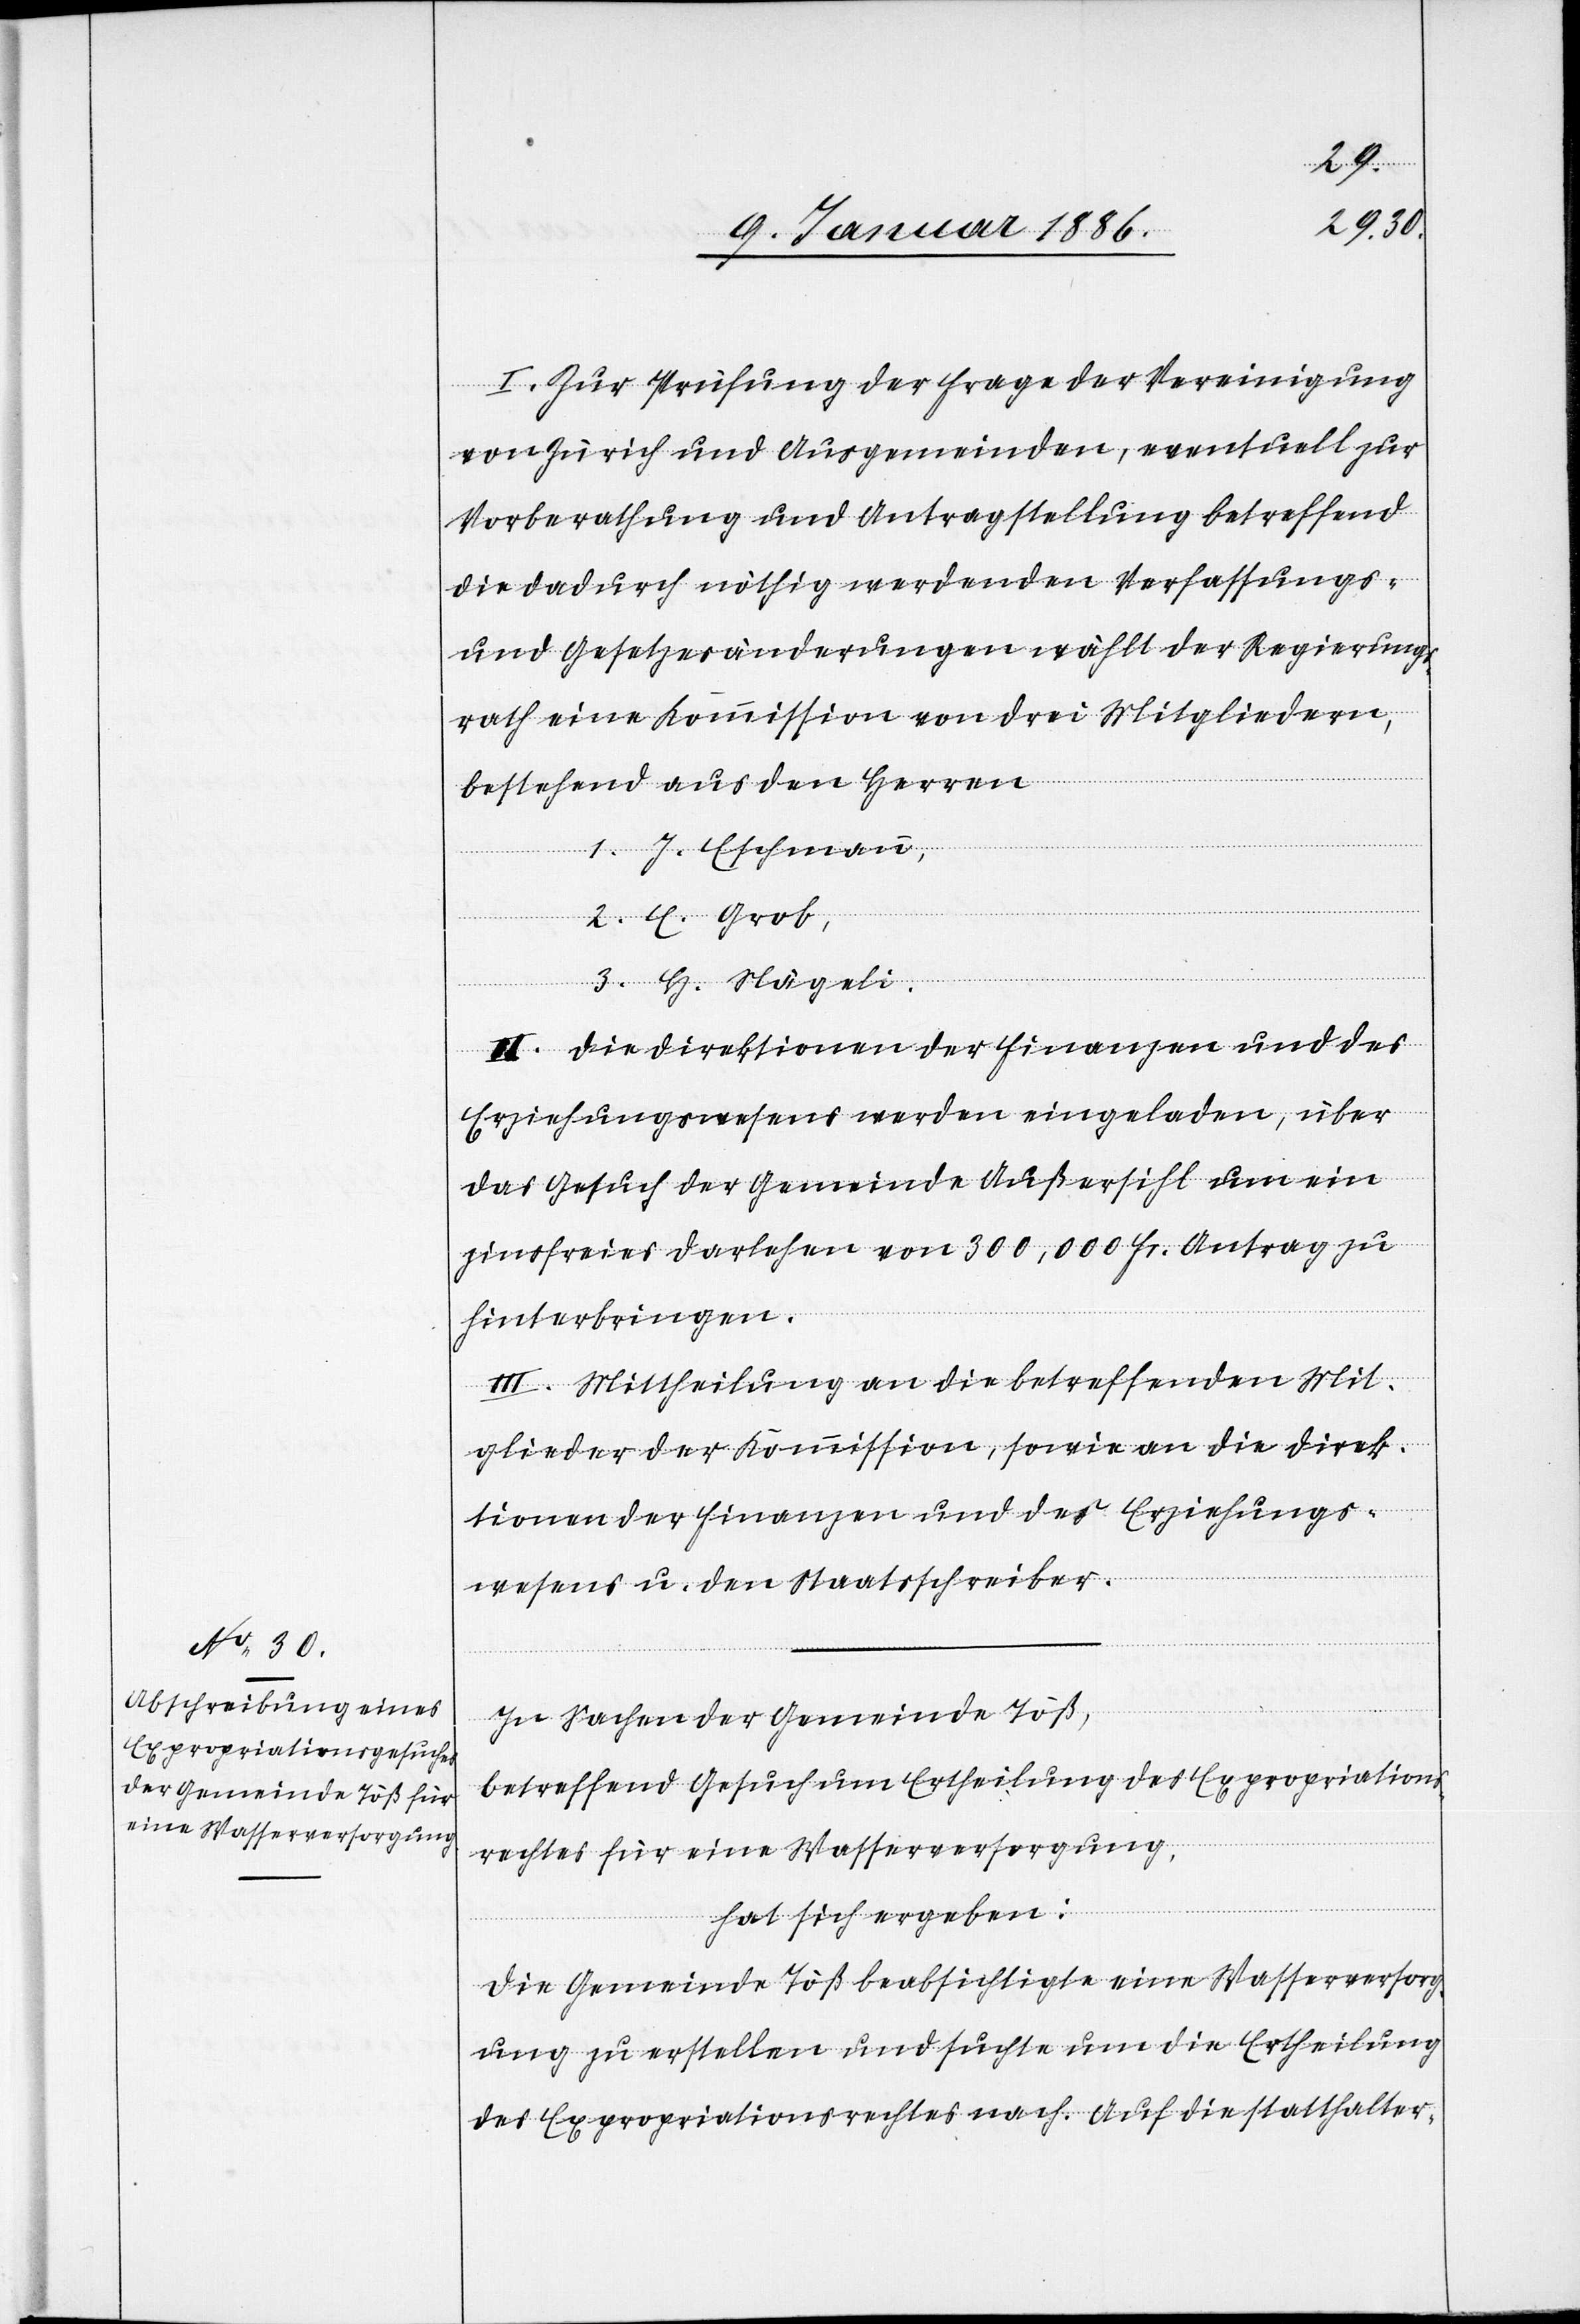
I. Zur Prüfung der Frage der Vereinigung
von Zürich und Ausgemeinden, eventuell zur
Vorberathung und Antragstellung betreffend
die dadurch nöthig werdenden Verfassungs-
und Gesetzesänderungen wählt der Regierungs¬
rath eine Kommission von drei Mitgliedern,
bestehend aus den Herren
1. J. Eschmann,
2. E. Grob,
3. H. Nägeli.
II. Die Direktion der Finanzen und des
Erziehungswesens werden eingeladen, über
das Gesuch der Gemeinde Außersihl um ein
zinsfreies Darlehen von 300,000 Fr. Antrag zu
hinterbringen.
III. Mittheilung an die betreffenden Mit¬
glieder der Kommission, sowie an die Direk¬
tion der Finanzen und des Erziehungs¬
wesens u. den Staatschreiber.
In Sachen der Gemeinde Töß,
betreffend Gesuch um Ertheilung des Expropriations¬
rechtes für eine Wasserversorgung,
hat sich ergeben:
Die Gemeinde Töß beabsichtigte eine Wasserversorg¬
ung zu erstellen und suchte um die Ertheilung
des Expropriationsrechtes nach. Auf die statthalter-